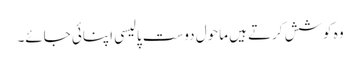
وہ کوشش کرتے ہیں ماحول دوست پالیسی اپنائی جائے۔